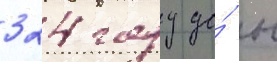
324 году до́ н